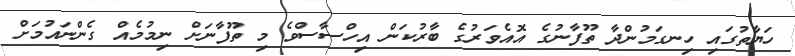
ހަޔާތުގައި ހިނގަމުންދާ ތޫފާނުގެ އޮއެވަރުގެ ބާރުކަން އިހްސާސްވެ މި ތޫފާނަށް ނިމުމެއް ގެންނައުމަށް